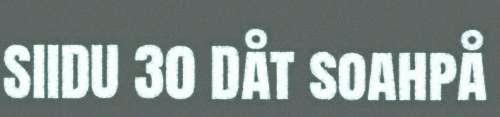
SIIDU 30 Dåt soahpå